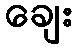
ချေး